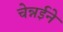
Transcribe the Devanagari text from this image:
चेन्नईने